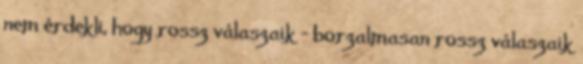
nem érdekli, hogy rossz válaszaik – borzalmasan rossz válaszaik